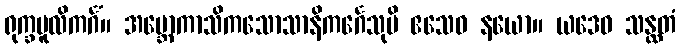
ရုက္ခမူလိကင်္ဂံ။ အဗ္ဘောကာသိကသောသာနိကင်္ဂေသုပိ ဧသေဝ နယော။ ယဒေဝ သန္ထတံ